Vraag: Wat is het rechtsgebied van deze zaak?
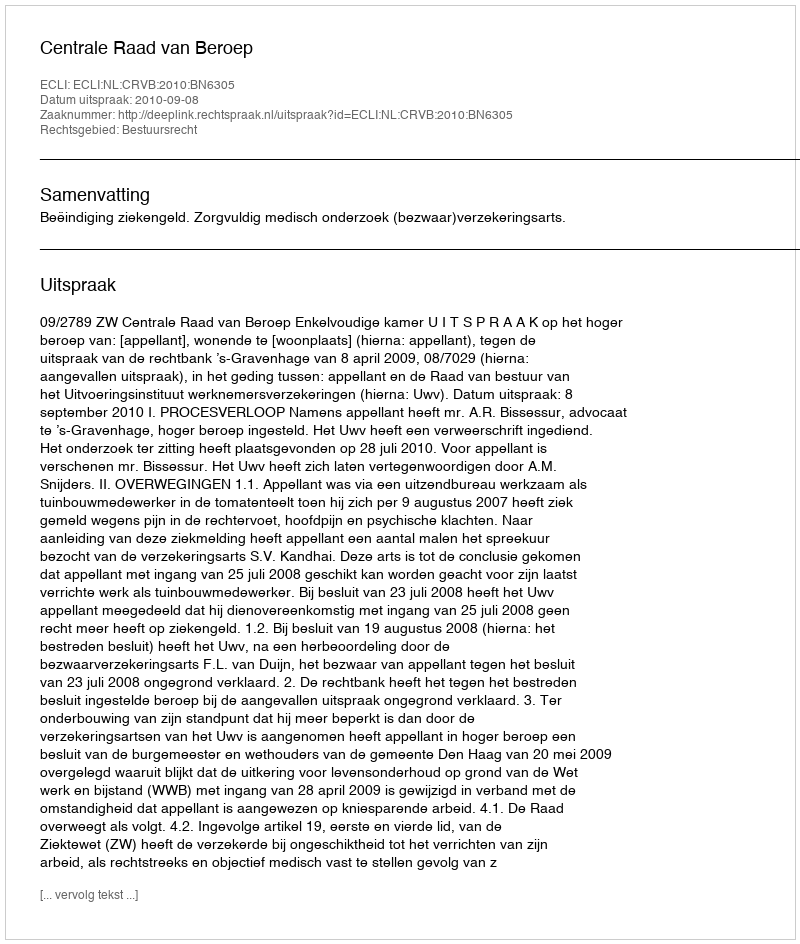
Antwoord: Bestuursrecht